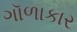
ગૉળાકાર